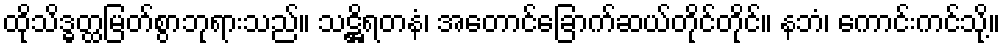
ထိုသိဒ္ဓတ္ထမြတ်စွာဘုရားသည်။ သဋ္ဌိရတနံ၊ အတောင်ခြောက်ဆယ်တိုင်တိုင်။ နဘံ၊ ကောင်းကင်သို့။